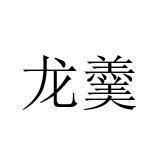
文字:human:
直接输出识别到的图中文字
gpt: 龙羹